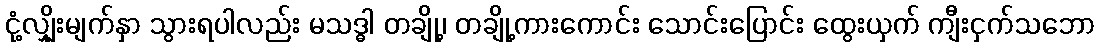
ငုံ့လျှိုးမျက်နှာ သွားရပါလည်း မသဒ္ဓါ တချို့၊ တချို့ကားကောင်း သောင်းပြောင်း ထွေးယှက် ကျီးငှက်သဘော